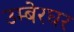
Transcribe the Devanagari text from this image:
उम्बेरघर